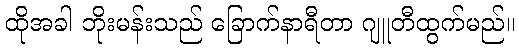
ထိုအခါ ဘိုးမန်းသည် ခြောက်နာရီတာ ဂျူတီထွက်မည်။